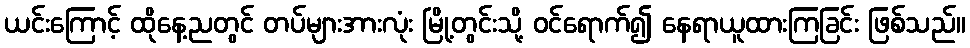
ယင်းကြောင့် ထိုနေ့ညတွင် တပ်များအားလုံး မြို့တွင်းသို့ ဝင်ရောက်၍ နေရာယူထားကြခြင်း ဖြစ်သည်။